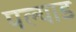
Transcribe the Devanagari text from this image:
पल्याड